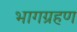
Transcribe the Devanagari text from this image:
भागग्रहण